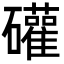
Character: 礶